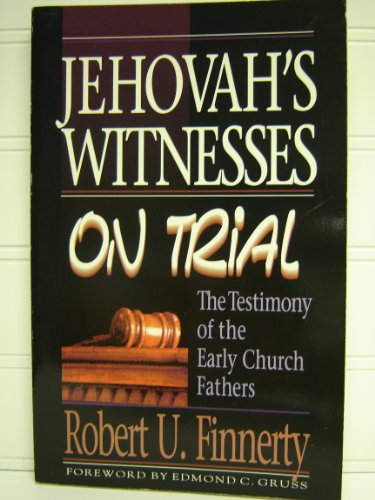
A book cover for Jehovah's Witnesses on Trial: The Testimony of the Early Church Fathers; Robert U. Finnerty; Christian Books & Bibles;